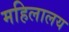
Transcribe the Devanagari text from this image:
महिलालय